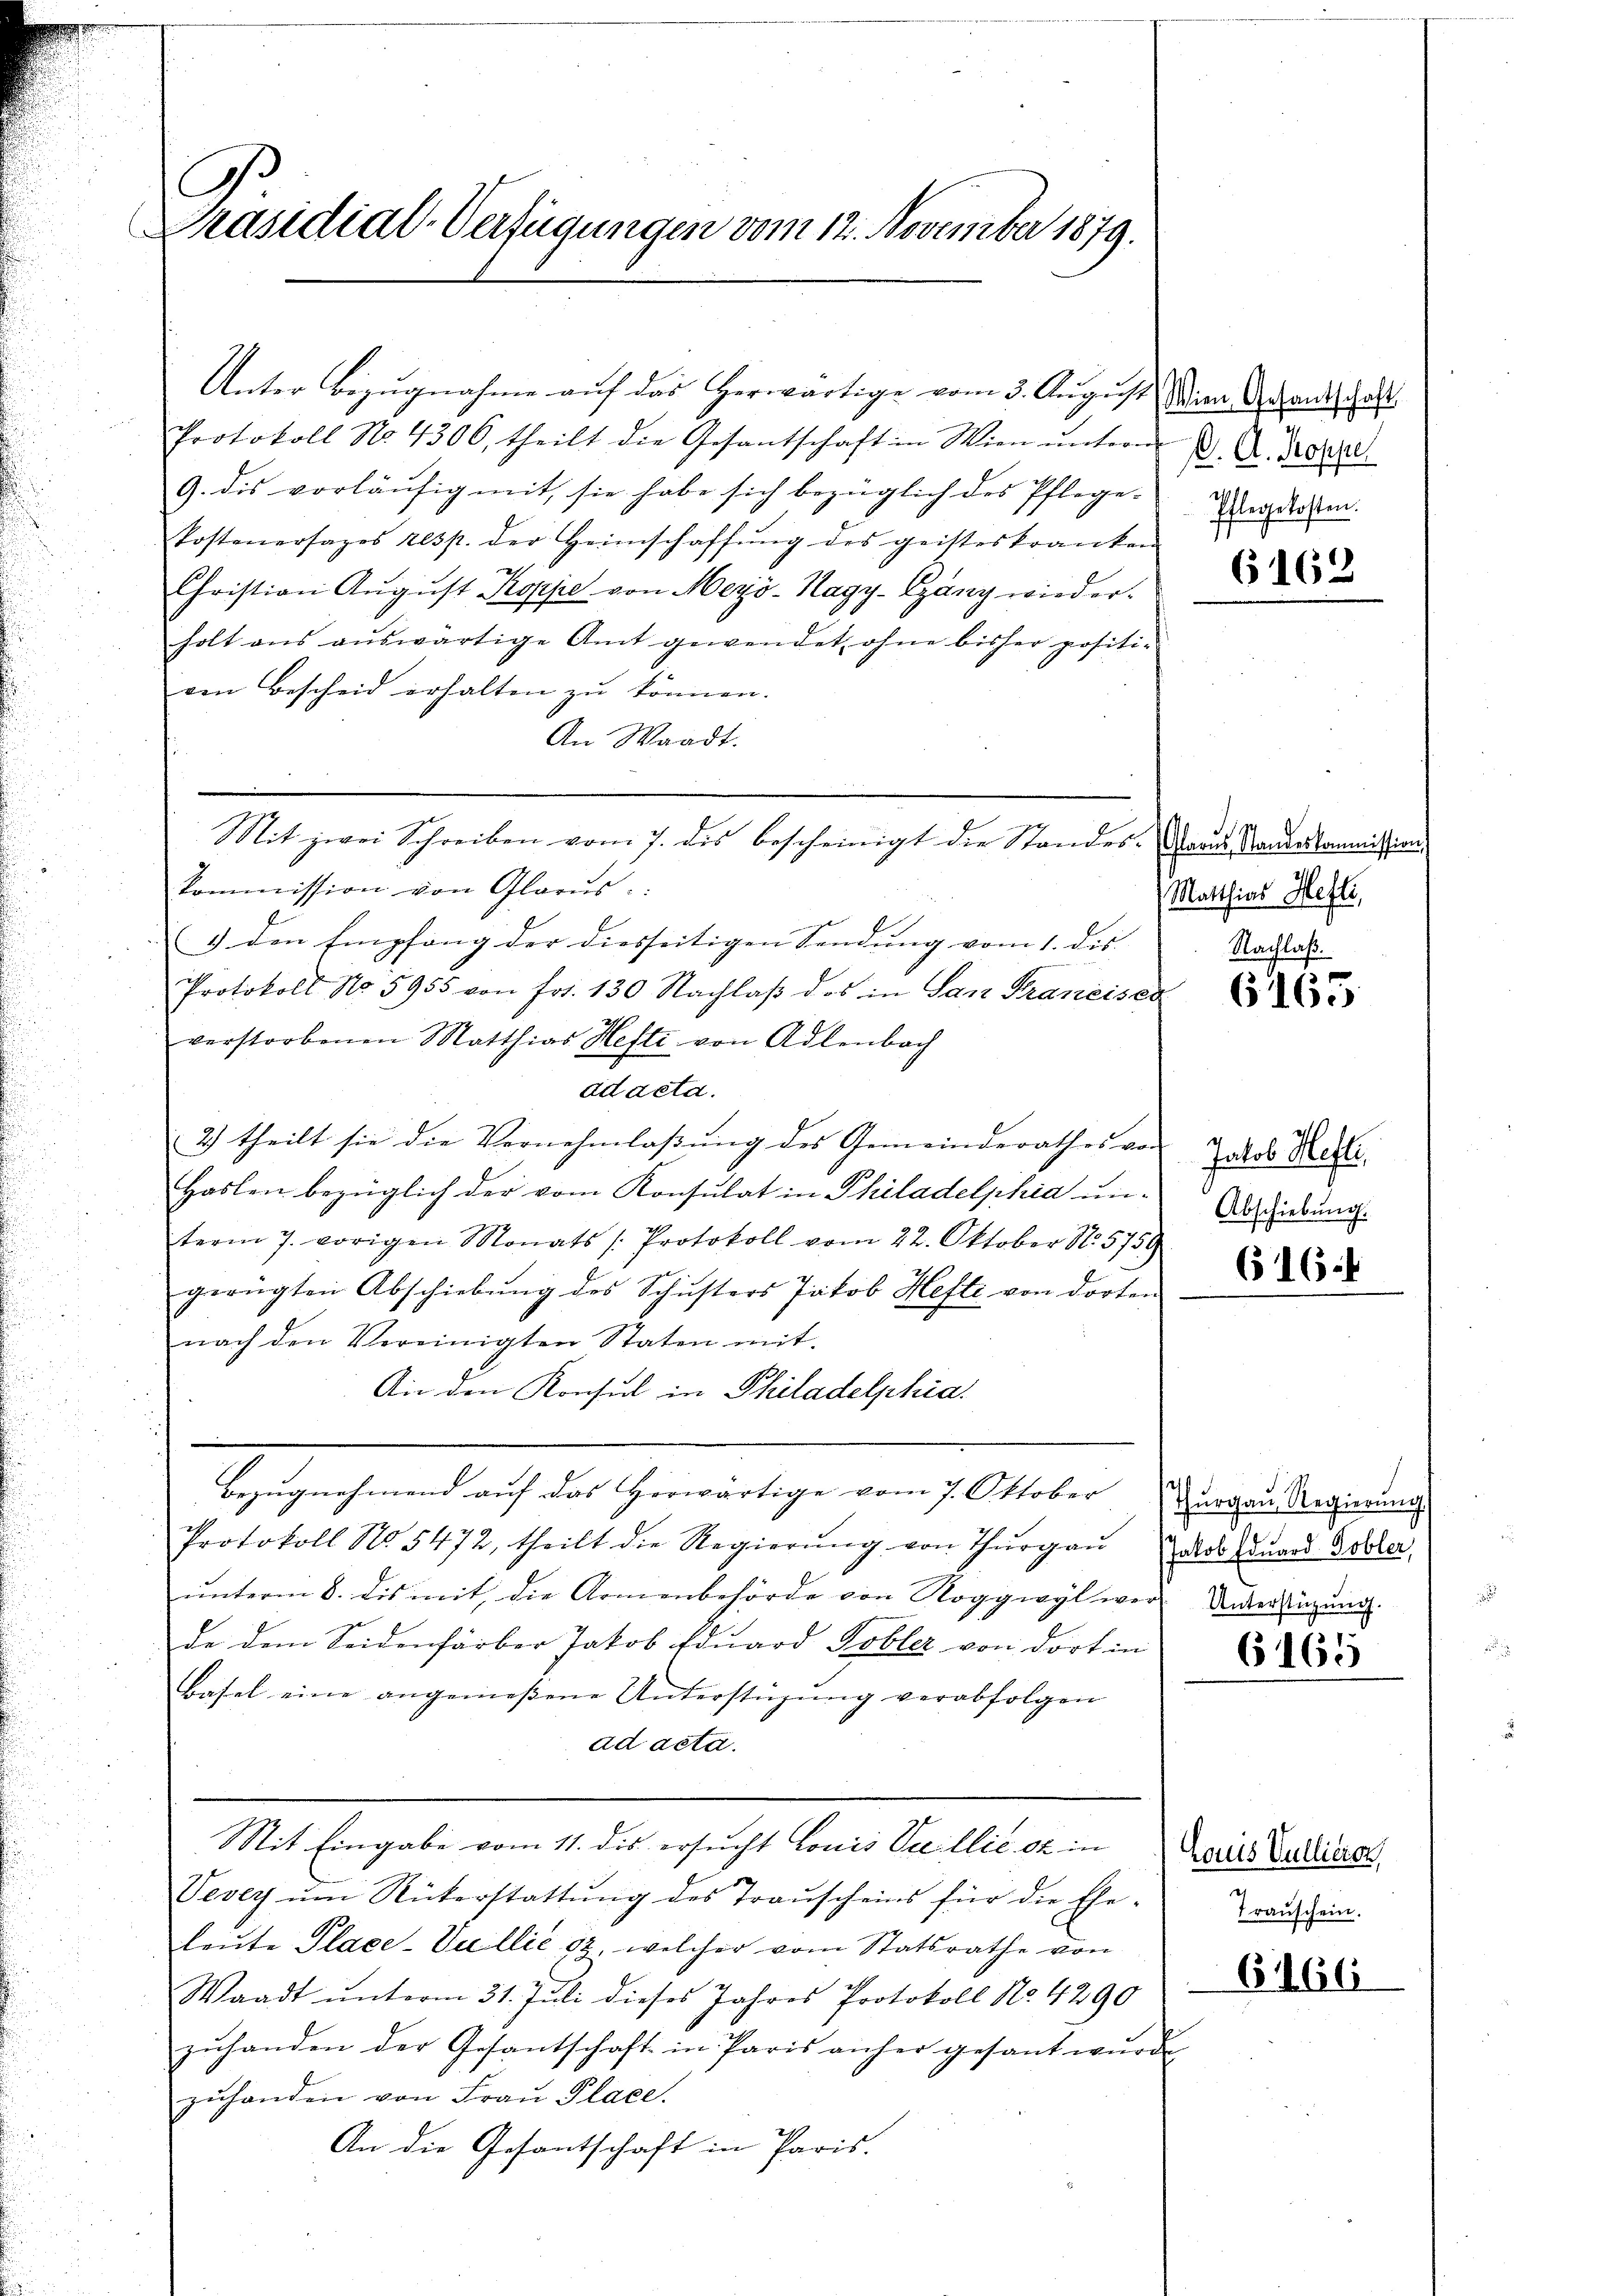
C
Präsidial-Verfügungen vom 12. November 1879.

Protokoll No 4306, theilt die Gesantschaft in Wien ŭnterm K. A. 120000.
9. dis vorläufig mit, sie habe sich bezüglich des Pflege-
Postenersages resp. der Heimschaffŭng des geisteskranken
Christian Aŭgŭst Koppe von Mezö-Nagy-Gäny wiederholt ans aŭswärtige Amt gewendet ohne bisher positi-
ven Bescheid erhalten zu können. |
An Waadt.
Kommission von Glarus.
3) den Empfang der diesseitigen Sendung vom 1. des |
Protokoll No 5955 von frs. 130 Nachlaβ das in San Straneiser
verstorbenen Matthias Hefti, von Adlenbach
ad acta.
2) theilt sie die Vernehmlassŭng des Gemeinderathes vor
Haslen bezüglich der vom Konsulat in Philadelphia unterm 7. vorigen Monats (Protokoll vom 22. Oktober N. 5759
gerügten Abschiebŭng des Schŭsters Jakob Hefte von dorten
nach den Vereinigten Staten mit
An den Konsul in Philadelphia
Bezugnehmend auf das Herwärtige vom 7. Oktober Zurgau Regierung.
Protokoll No 5472, theilt die Regierŭng von Thŭrgaŭ dos Eduard Bobler,
ŭnterm 8. dis mit die Armenbehörde von Roggwyl wer Unterlegung.
de dem Seidenfärber Jakob Eduard Tobler von dort in
Basel eine angemessene Unterstüzung verabfolgen
ad acta.

Unter Bezugnahme auf das herwärtige vom 3. August Wien Gesandtschaft

Mit zwei Schreiben vom 7. des bescheinigt die Standes Graus Standeskommission

Mit Eingabe vom 11. des ersucht Louis Villie 62 in

Pflegekosten.

Vevey ŭm Rückerstattŭng des Traŭscheins für die Ehe-
leute Place-Villie 92, welcher vom Statsrathe von
Waadt ŭnterm 31. Juli dieses Jahres Protokoll No 4290
zŭhanden der Gesantschaft in Paris anher gesant wŭrde
zŭhanden von Fraŭ Place.
An die Gesantschaft in Paris.

6162

Matthias Hefti,
Nachlaß.

6165

Jakob Hefte,
Abschiebung.

616

det

6165

Haus Vullieren,
Trauschein.

6166